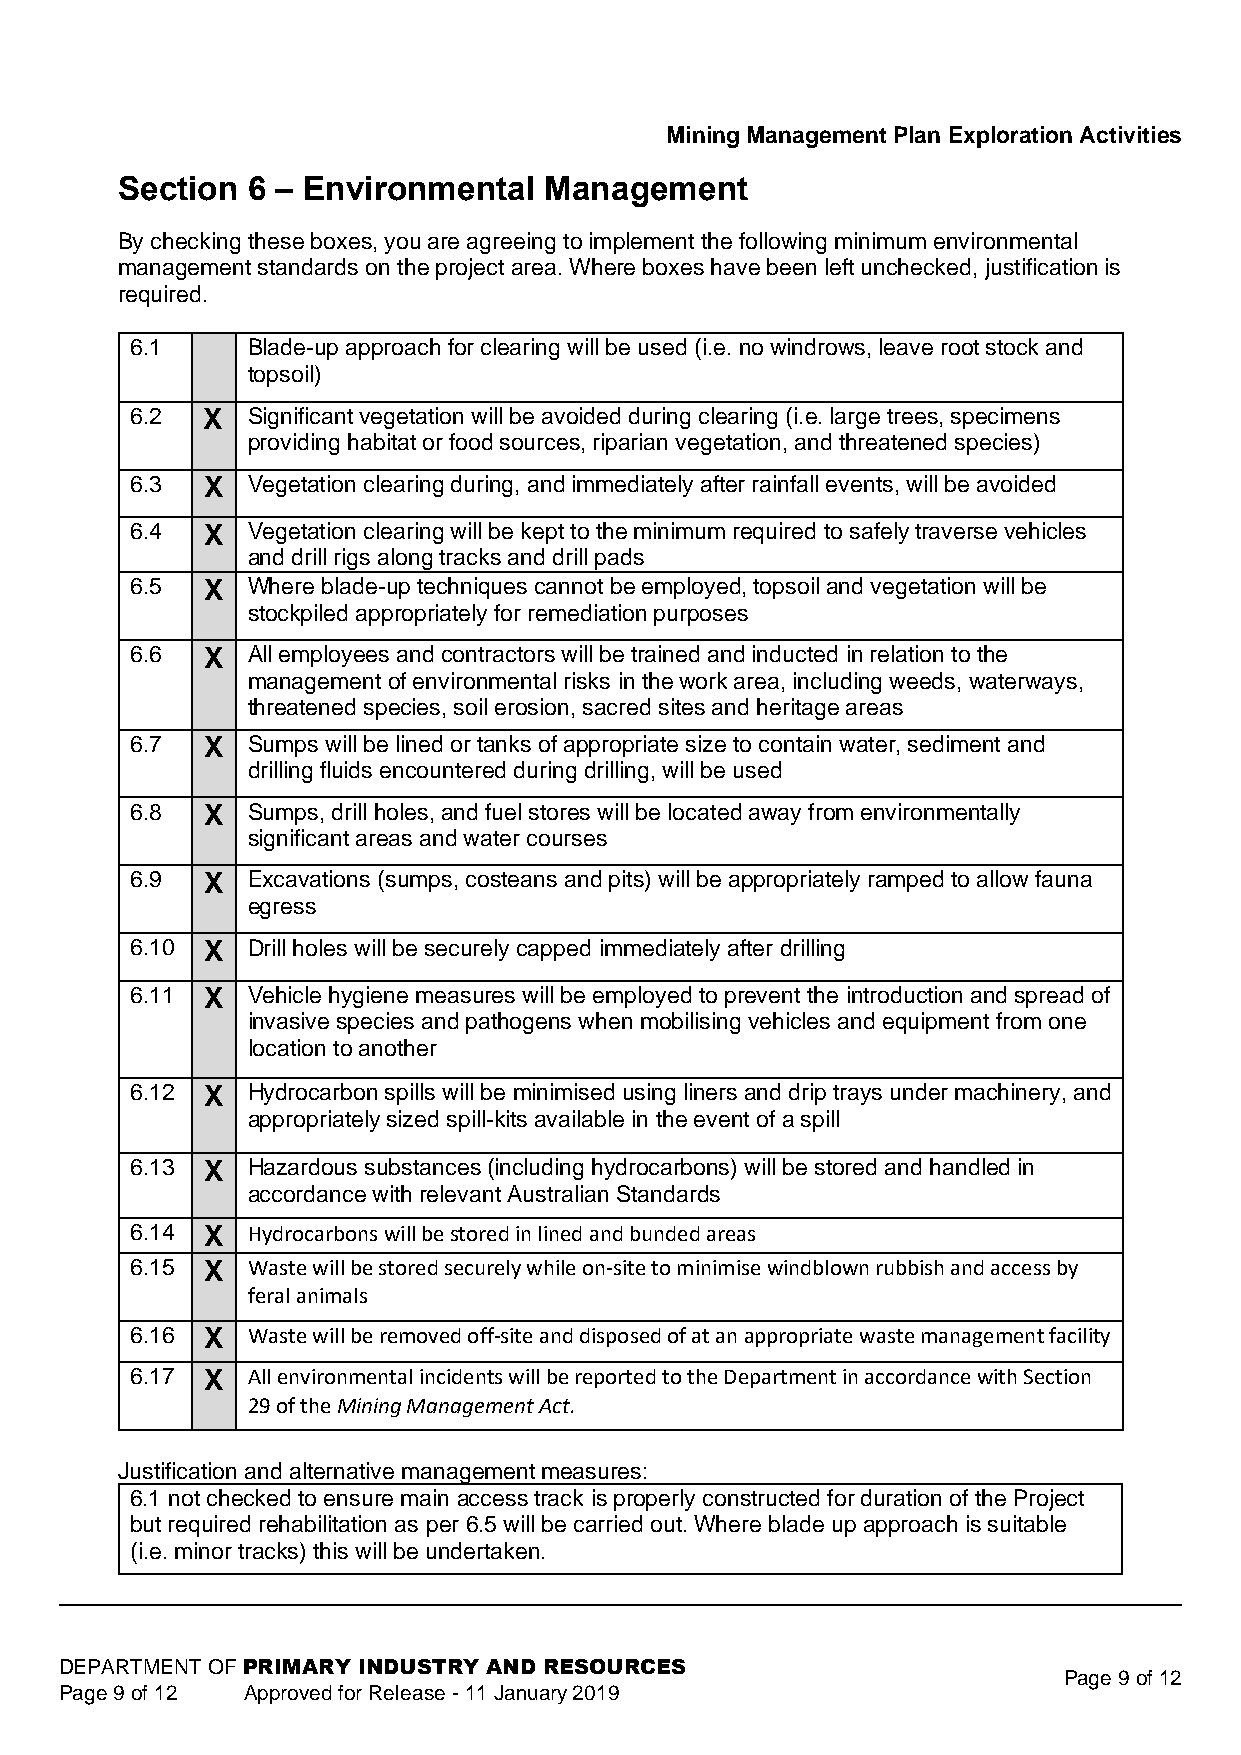
Mining Management Plan Exploration Activities
 Section 6 – Environmental   Management
 By checking these boxes, you are agreeing to implement the following minimum environmental
 management standards on the project area. Where boxes have been left unchecked, justification is
 required.
 6.1    Blade-up approach for clearing will be used (i.e. no windrows, leave root stock and
 topsoil)
 6.2 X  Significant vegetation will be avoided during clearing (i.e. large trees, specimens
 providing habitat or food sources, riparian vegetation, and threatened species)
 6.3  X Vegetation clearing during, and immediately after rainfall events, will be avoided
 6.4  X Vegetation clearing will be kept to the minimum required to safely traverse vehicles
 and drill rigs along tracks and drill pads
 6.5  X Where blade-up techniques cannot be employed, topsoil and vegetation will be
 stockpiled appropriately for remediation purposes
 6.6  X All employees and contractors will be trained and inducted in relation to the
 management of environmental risks in the work area, including weeds, waterways,
 threatened species, soil erosion, sacred sites and heritage areas
 6.7  X Sumps will be lined or tanks of appropriate size to contain water, sediment and
 drilling fluids encountered during drilling, will be used
 6.8  X Sumps, drill holes, and fuel stores will be located away from environmentally
 significant areas and water courses
 6.9  X Excavations (sumps, costeans and pits) will be appropriately ramped to allow fauna
 egress
 6.10 X Drill holes will be securely capped immediately after drilling
 6.11 X Vehicle hygiene measures will be employed to prevent the introduction and spread of
 invasive species and pathogens when mobilising vehicles and equipment from one
 location to another
 6.12 X Hydrocarbon spills will be minimised using liners and drip trays under machinery, and
 appropriately sized spill-kits available in the event of a spill
 6.13 X Hazardous substances (including hydrocarbons) will be stored and handled in
 accordance with relevant Australian Standards
 6.14 X Hydrocarbons will be stored in lined and bunded areas
 6.15 X Waste will be stored securely while on-site to minimise windblown rubbish and access by
 feral animals
 6.16 X Waste will be removed off-site and disposed of at an appropriate waste management facility
 6.17 X All environmental incidents will be reported to the Department in accordance with Section
 29 of the Mining Management Act.
 Justification and alternative management measures:
 6.1 not checked to ensure main access track is properly constructed for duration of the Project
 but required rehabilitation as per 6.5 will be carried out. Where blade up approach is suitable
 (i.e. minor tracks) this will be undertaken.
 DEPARTMENT OF PRIMARY INDUSTRY AND RESOURCES
 Page 9 of 12
 Page 9 of 12 Approved for Release - 11 January 2019